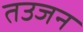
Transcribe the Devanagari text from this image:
तउजन